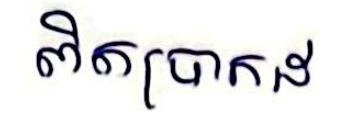
ពិតប្រាកដ